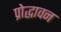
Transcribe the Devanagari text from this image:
प्रोद्धावन